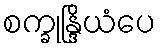
စက္ခုန္ဒြိယံပေ